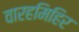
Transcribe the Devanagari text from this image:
वारहमिहिर